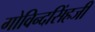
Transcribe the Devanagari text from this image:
गोविन्दसिंहजी